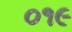
૦૧૯